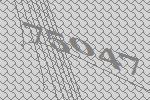
75047